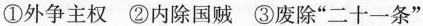
①外争主权 ②内除国贼 ③废除”二十一条”